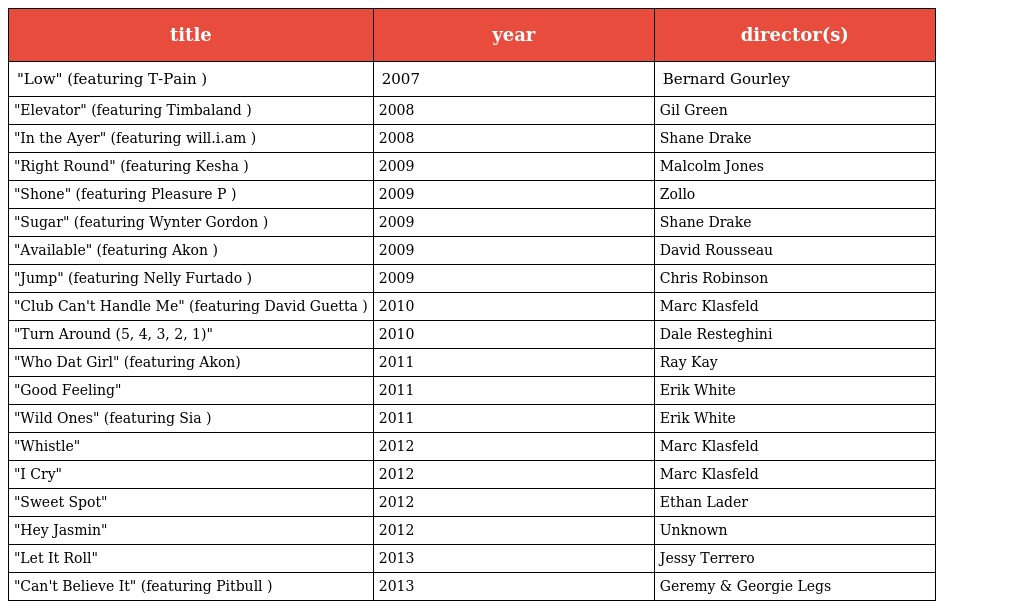
| title | year | director(s) |
 | --- | --- | --- |
 | "Low" (featuring T-Pain ) | 2007 | Bernard Gourley |
 | "Elevator" (featuring Timbaland ) | 2008 | Gil Green |
 | "In the Ayer" (featuring will.i.am ) | 2008 | Shane Drake |
 | "Right Round" (featuring Kesha ) | 2009 | Malcolm Jones |
 | "Shone" (featuring Pleasure P ) | 2009 | Zollo |
 | "Sugar" (featuring Wynter Gordon ) | 2009 | Shane Drake |
 | "Available" (featuring Akon ) | 2009 | David Rousseau |
 | "Jump" (featuring Nelly Furtado ) | 2009 | Chris Robinson |
 | "Club Can't Handle Me" (featuring David Guetta ) | 2010 | Marc Klasfeld |
 | "Turn Around (5, 4, 3, 2, 1)" | 2010 | Dale Resteghini |
 | "Who Dat Girl" (featuring Akon) | 2011 | Ray Kay |
 | "Good Feeling" | 2011 | Erik White |
 | "Wild Ones" (featuring Sia ) | 2011 | Erik White |
 | "Whistle" | 2012 | Marc Klasfeld |
 | "I Cry" | 2012 | Marc Klasfeld |
 | "Sweet Spot" | 2012 | Ethan Lader |
 | "Hey Jasmin" | 2012 | Unknown |
 | "Let It Roll" | 2013 | Jessy Terrero |
 | "Can't Believe It" (featuring Pitbull ) | 2013 | Geremy & Georgie Legs |